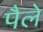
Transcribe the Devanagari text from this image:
पैले